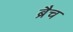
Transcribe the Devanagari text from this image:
ब्रैच